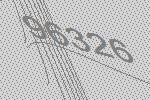
96326